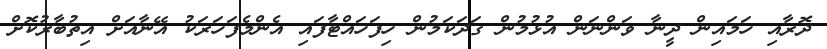
ދޮރާއި ހަމައިން ދީނާ ވަންނަން އުޅުމުން ގަދަކަމުން ހިފަހައްޓާފައި އެންމެފަހަރަކު އޭނާއަށް އިތުބާރުކޮށް